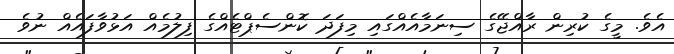
އެވެ. މީގެ ކުރިން ރާއްޖޭގެ ސިނަމާއެއްގައި މިފަދަ ކޮންސެޕްޓެއްގެ ފިލުމެއް އަޅުވާފައެއް ނުވެ